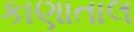
કાણાતાલ